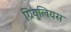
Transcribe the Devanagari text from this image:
ग्रियुलियस